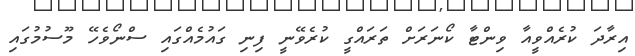
އިރާދަ ކުރެއްވީއާ ވިންޓާ ކޯނަރަށް ތަރައްގީ ކުރެވޭނީ ފިނި ގައުމެއްގައި ސްނޯވެހޭ މޫސުމުގައި